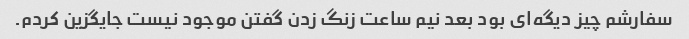
سفارشم چیز دیگه‌ای بود بعد نیم ساعت زنگ زدن گفتن موجود نیست جایگزین کردم.